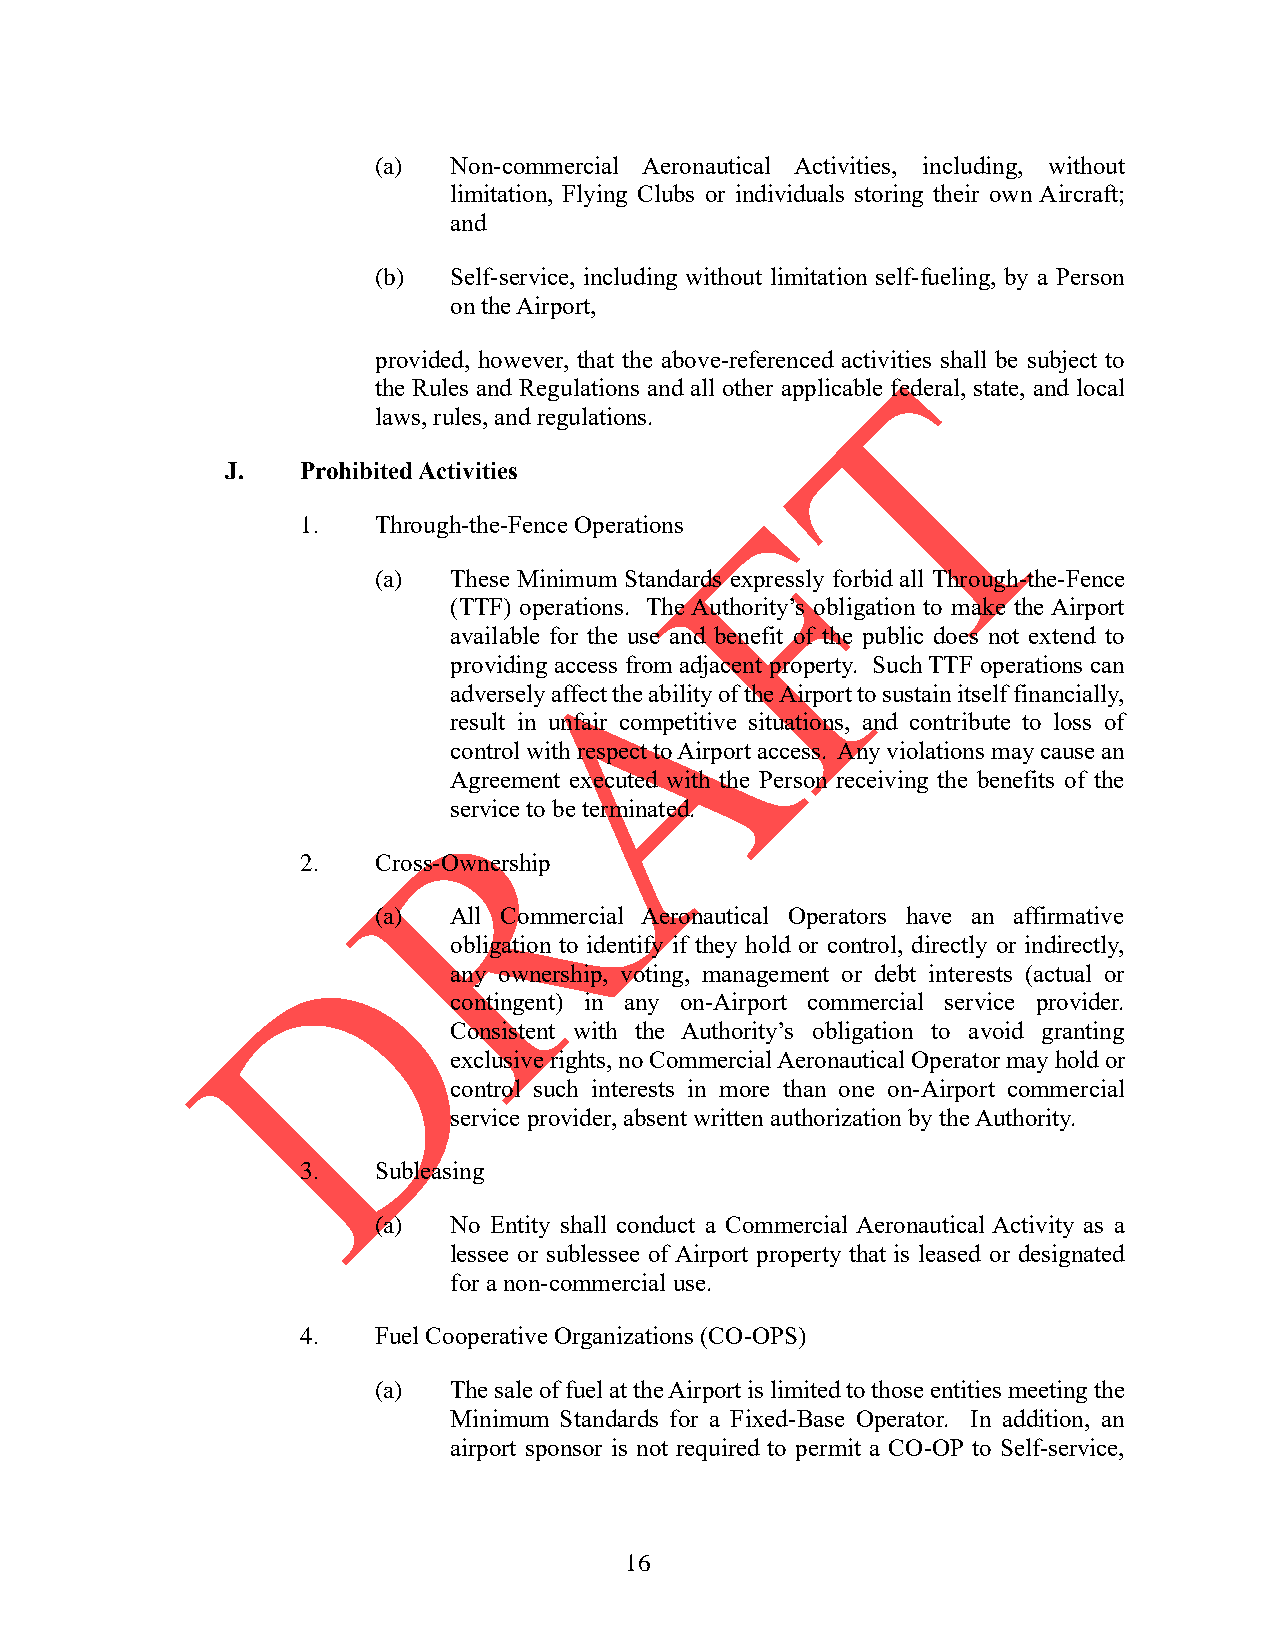
(a)  Non-commercial Aeronautical Activities, including, without
 limitation, Flying Clubs or individuals storing their own Aircraft;
 and
 (b)  Self-service, including without limitation self-fueling, by a Person
 on the Airport,
 provided, however, that the above-referenced activities shall be subject to
 the Rules and Regulations and all other applicable federal, state, and local
 laws, rules, and regulations.
 J.   Prohibited Activities
 1.   Through-the-Fence Operations
 (a)  These Minimum Standards expressly forbid all Through-the-Fence
 (TTF) operations. The Authority’s obligation to make the Airport
 available for the use and benefit of the public does not extend to
 providing access from adjacent property. Such TTF operations can
 adversely affect the ability of the Airport to sustain itself financially,
 result in unfair competitive situations, and contribute to loss of
 control with respect to Airport access. Any violations may cause an
 Agreement executed with the Person receiving the benefits of the
 service to be terminated.
 2.   Cross-Ownership
 (a)  All Commercial Aeronautical Operators have an affirmative
 obligation to identify if they hold or control, directly or indirectly,
 any ownership, voting, management or debt interests (actual or
 contingent) in any on-Airport commercial service provider.
 Consistent with the Authority’s obligation to avoid granting
 exclusive rights, no Commercial Aeronautical Operator may hold or
 control such interests in more than one on-Airport commercial
 service provider, absent written authorization by the Authority.
 3.   Subleasing
 (a)  No Entity shall conduct a Commercial Aeronautical Activity as a
 lessee or sublessee of Airport property that is leased or designated
 for a non-commercial use.
 4.   Fuel Cooperative Organizations (CO-OPS)
 (a)  The sale of fuel at the Airport is limited to those entities meeting the
 Minimum Standards for a Fixed-Base Operator. In addition, an
 airport sponsor is not required to permit a CO-OP to Self-service,
 16